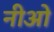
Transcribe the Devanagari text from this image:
नीओ